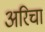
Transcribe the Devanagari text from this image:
अरिचा